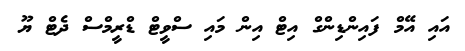
އައި އޭމް ފައިންޑިންގް އިޓް އިން މައި ސްވީޓް ޑްރީމްސް ދެޓް ޔޫ